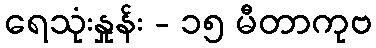
ရေသုံးနှုန်း - ၁၅ မီတာကုဗ